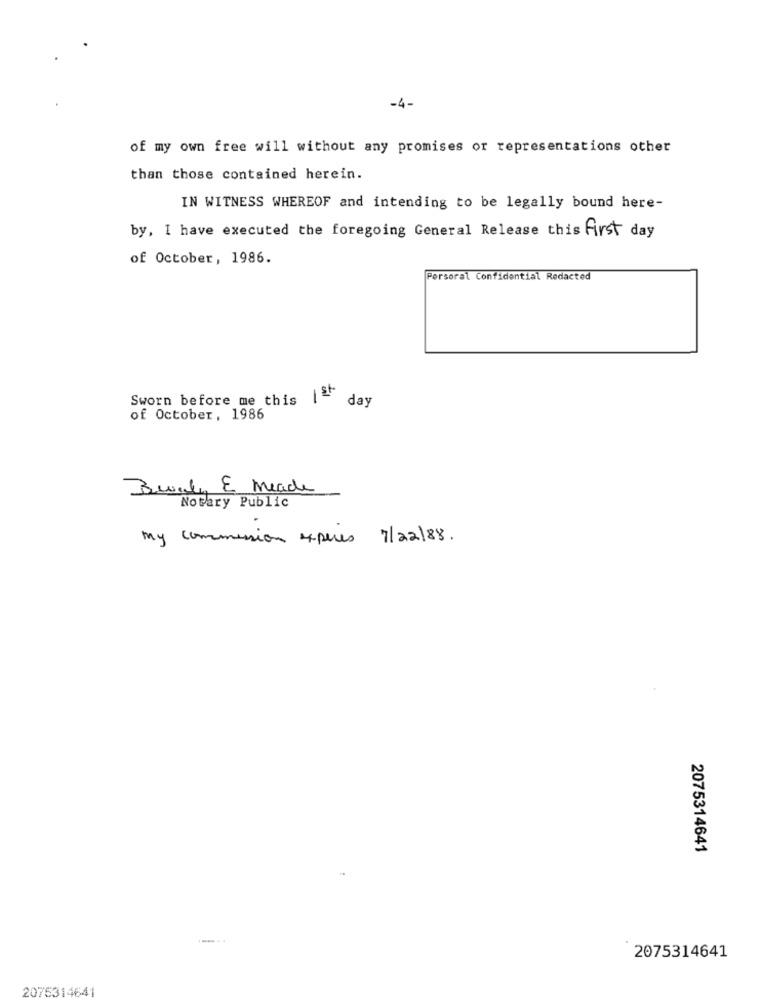
-4-
of my own free will without any promises or representations other
than those contained herein.
IN WITNESS WHEREOF and intending to be legally bound here-
by, I have executed the foregoing General Release this first day
of October, 1986.
Persoral Confidential Redacted
Sworn before me this 1- day
of October, 1986
Bwvaly E Meade
Notary Public
my commission esperes 7/22/88.
2075314641
.....
2075314641
2075314641